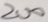
2 0 0